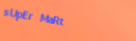
sUpEr MaRt